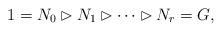
LaTeX: \begin{align*}1=N_0\rhd N_1\rhd \cdots \rhd N_r=G,\end{align*}